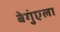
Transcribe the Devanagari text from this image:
बेगुंएला